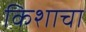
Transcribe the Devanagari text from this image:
किशाचा